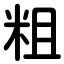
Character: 粗